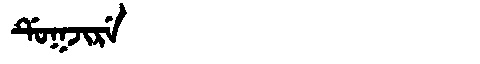
Manchu: ᡩᡠᡴᠵᡳᡵᡝ
Romanization: DUKJIRE